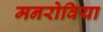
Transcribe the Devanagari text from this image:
मनरोविया